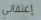
إعتقالي